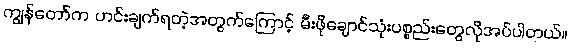
ကျွန်တော်က ဟင်းချက်ရတဲ့အတွက်ကြောင့် မီးဖိုချောင်သုံးပစ္စည်းတွေလိုအပ်ပါတယ်။